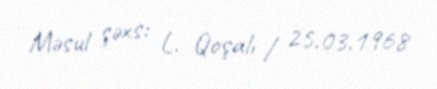
Məsul şəxs: L. Qoşalı / 25.03.1968